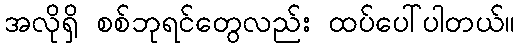
အလိုရှိ စစ်ဘုရင်တွေလည်း ထပ်ပေါ်ပါတယ်။